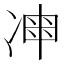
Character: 𠗩